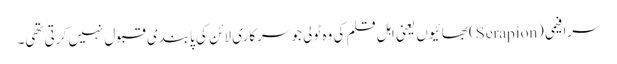
سرافیمی (Serapion) بھائیوں یعنی اہلِ قلم کی وہ ٹولی جو سرکاری لائن کی پابندی قبول نہیں کرتی تھی۔